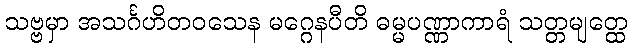
သဗ္ဗမှာ အသင်္ဂဟိတဝသေန မဂ္ဂေနပီတိ ဓမ္မပဏ္ဏာကာရံ သတ္တမျတ္ထေ